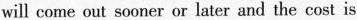
will come out sooner or later and the cost is